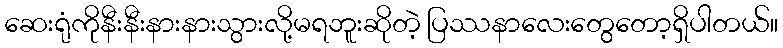
ဆေးရုံကိုနီးနီးနားနားသွားလို့မရဘူးဆိုတဲ့ ပြဿနာလေးတွေတော့ရှိပါတယ်။